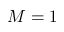
M = 1